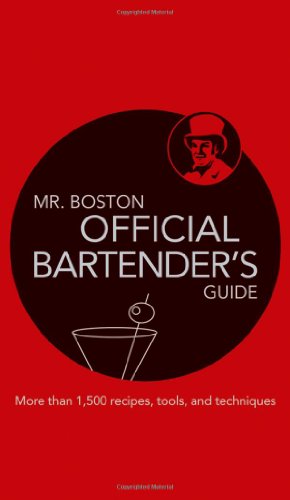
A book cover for Mr. Boston: Official Bartender's Guide; Mr. Boston; Cookbooks, Food & Wine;